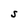
Character: S